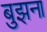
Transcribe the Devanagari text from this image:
बुझना